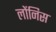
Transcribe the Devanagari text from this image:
लोंनिस